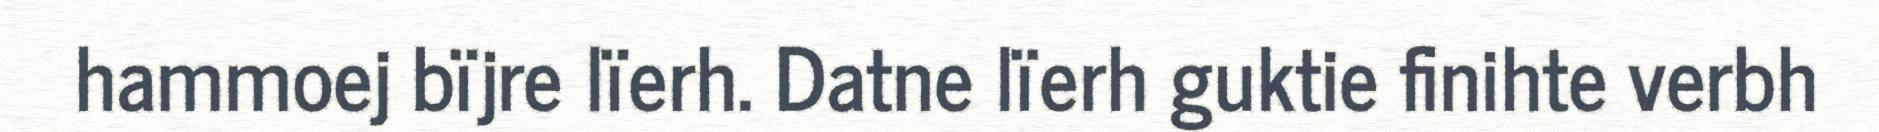
hammoej bïjre lïerh. Datne lïerh guktie finihte verbh